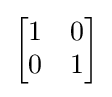
{\begin{bmatrix}1&0\\0&1\end{bmatrix}}